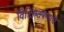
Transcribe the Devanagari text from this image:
विक्षिप्तपणाचे